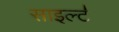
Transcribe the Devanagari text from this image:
साइल्ट॑